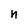
Character: n